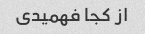
از کجا فهمیدی